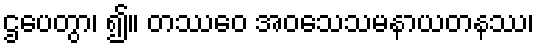
ဌပေတွာ၊ ၍။ တဿေဝ အဝသေသမနာယတနဿ၊